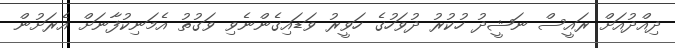
ދިއްދުއަށް ރައީސް ނަޝީދު ހުކުރު ދުވަހުގެ ހަވީރު ވަޑައިގެންނެވި ވަގުތު އެމަނިކުފާނަށް އެރަށުން